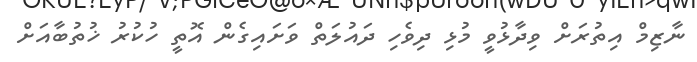
ނާޒިމް އިތުރަށް ވިދާޅުވީ މުޅި ދިވެހި ދައުލަތް ވަށައިގެން އޮތީ ހުކުރު ޚުތުބާއަށް